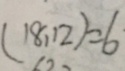
( 1 8 , 1 2 ) = 6